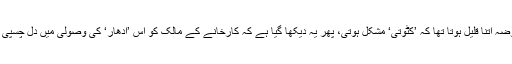
چوں کہ معاوضہ اتنا قلیل ہوتا تھا کہ ’کٹوتی‘ مشکل ہوتی، پھر یہ دیکھا گیا ہے کہ کارخانے کے مالک کو اس ’ادھار‘ کی وصولی میں دل چسپی بھی نہ ہوتی۔